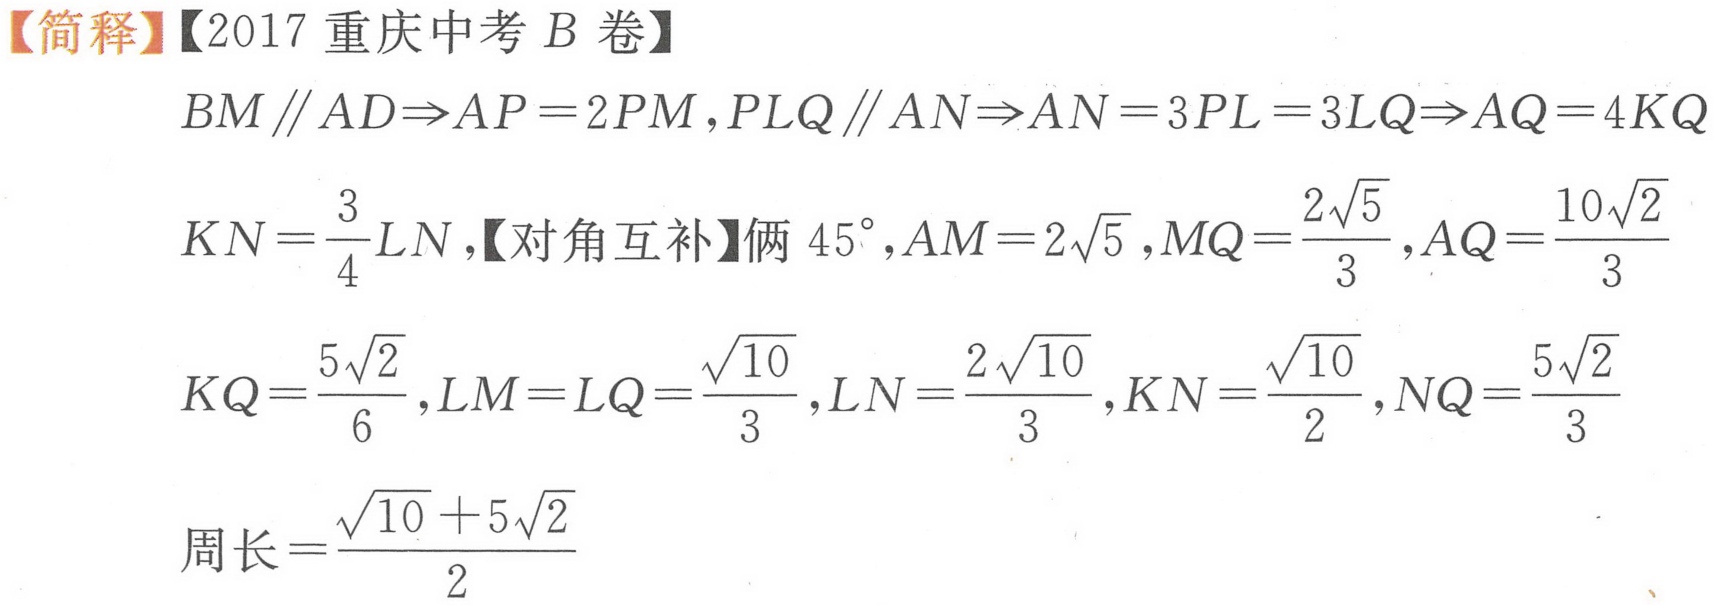
【简释】【2017 重庆中考 \(B\) 卷】
\(BM\parallel AD\Rightarrow AP = 2PM\),\(PLQ\parallel AN\Rightarrow AN = 3PL = 3LQ\Rightarrow AQ = 4KQ\)
\(KN=\frac{3}{4}LN\),【对角互补】俩 \(45^{\circ}\),\(AM = 2\sqrt{5}\),\(MQ=\frac{2\sqrt{5}}{3}\),\(AQ=\frac{10\sqrt{2}}{3}\)
\(KQ=\frac{5\sqrt{2}}{6}\),\(LM = LQ=\frac{\sqrt{10}}{3}\),\(LN=\frac{2\sqrt{10}}{3}\),\(KN=\frac{\sqrt{10}}{2}\),\(NQ=\frac{5\sqrt{2}}{3}\)
周长\(=\frac{\sqrt{10}+5\sqrt{2}}{2}\)